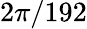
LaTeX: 2\pi/192